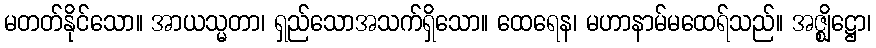
မတတ်နိုင်သော။ အာယသ္မတာ၊ ရှည်သောအသက်ရှိသော။ ထေရေန၊ မဟာနာမ်မထေရ်သည်။ အဇ္ဈိဋ္ဌော၊